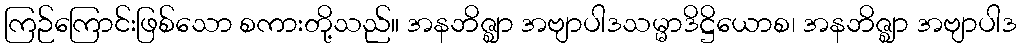
ကြဉ်ကြောင်းဖြစ်သော စကားတို့သည်။ အနဘိဇ္ဈာ အဗျာပါဒသမ္မာဒိဋ္ဌိယောစ၊ အနဘိဇ္ဈာ အဗျာပါဒ